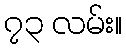
၇၃ လမ်း။